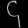
Digit: ၄